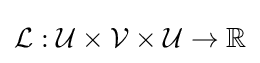
{\mathcal {L}}:{\mathcal {U}}\times {\mathcal {V}}\times {\mathcal {U}}\to \mathbb {R}